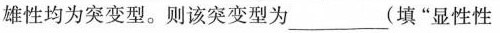
雄性均为突变型。则该突变型为___(填”显性